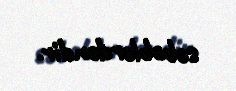
səbəblərdəndir.